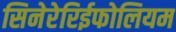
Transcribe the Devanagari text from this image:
सिनेरेरिईफोलियम